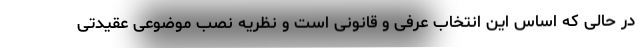
در حالی که اساس این انتخاب عرفی و قانونی است و نظریه نصب موضوعی عقیدتی